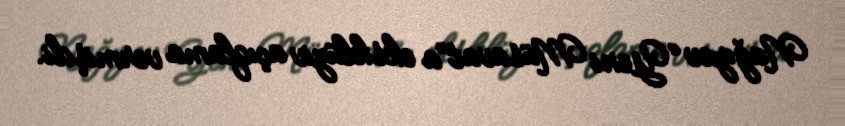
Nağıyev “Yeni Müsavat”a eksklüziv açıqlama vermişdi.